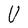
Character: U